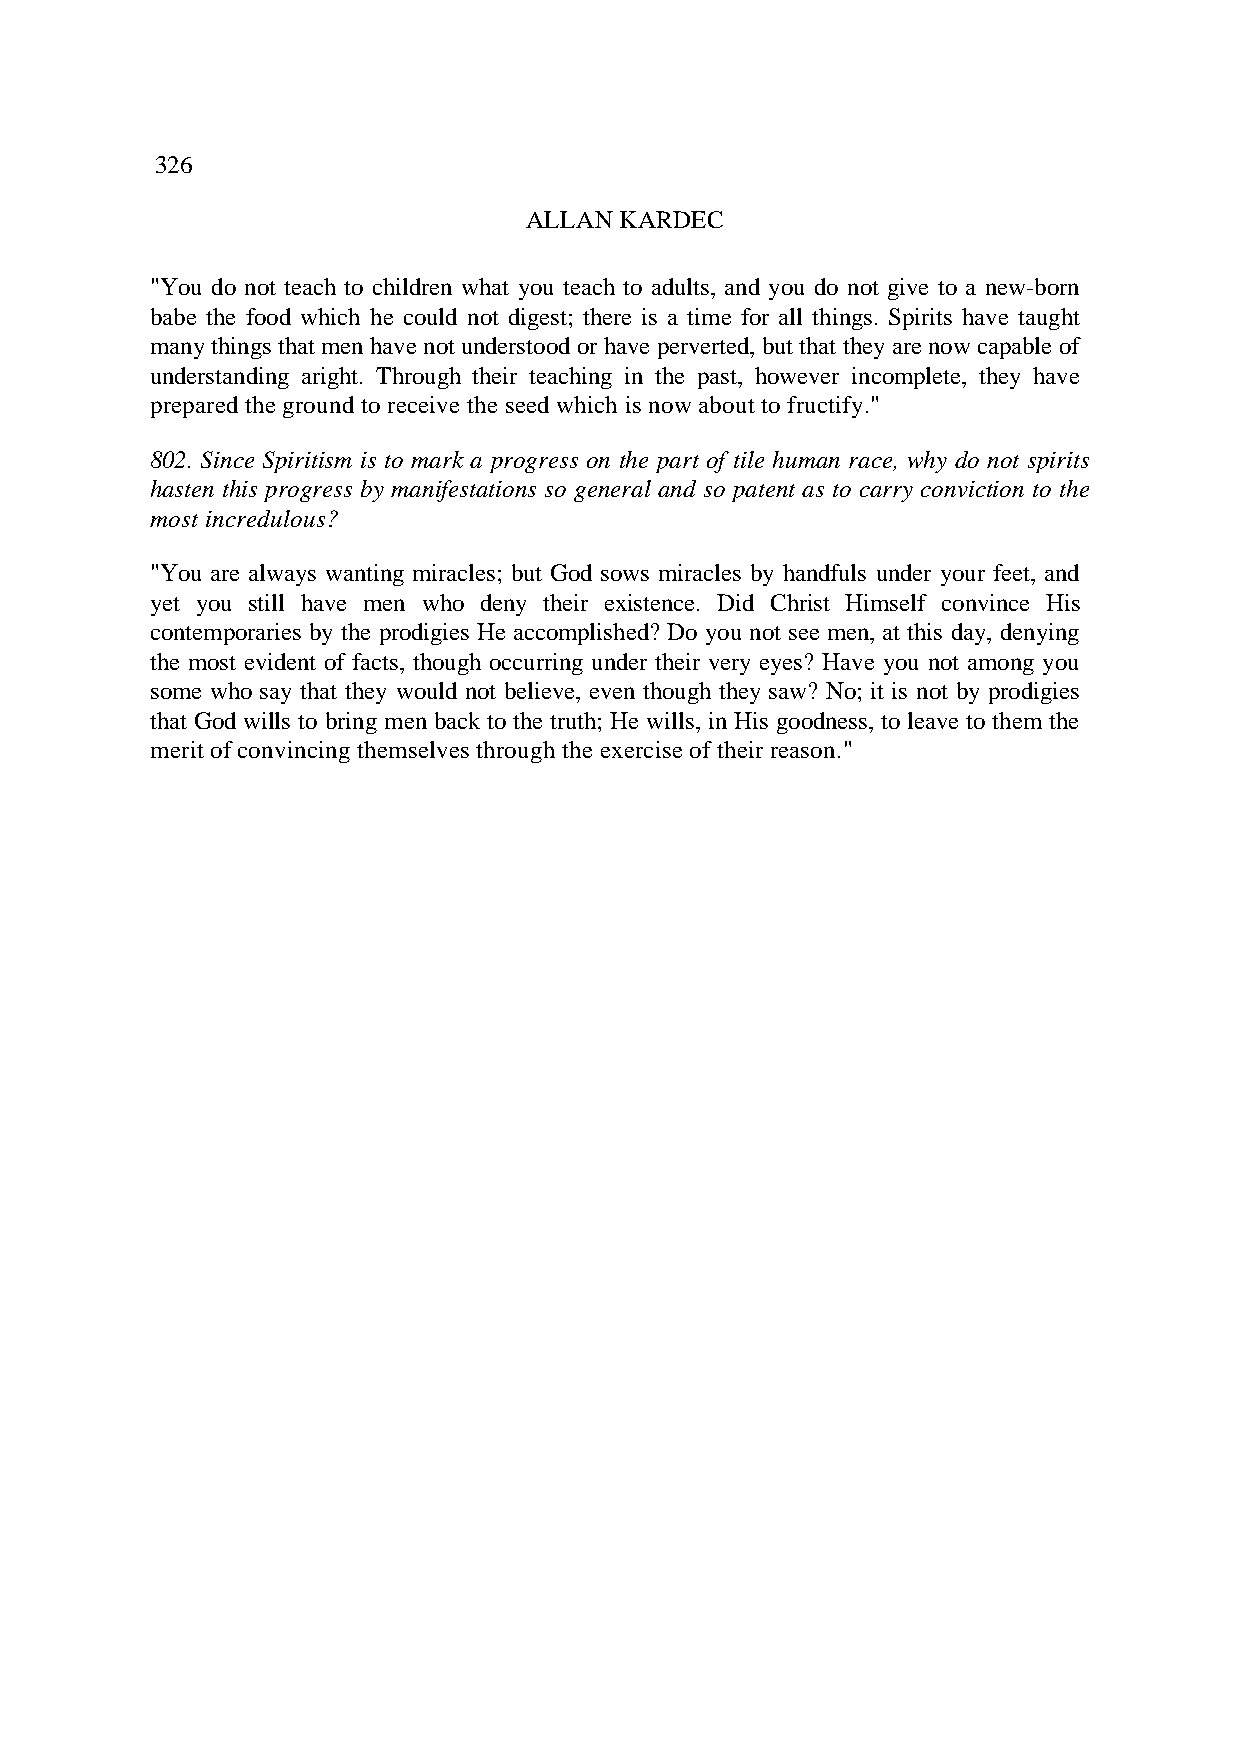
326
 ALLAN KARDEC
 "You do not teach to children what you teach to adults, and you do not give to a new-born
 babe the food which he could not digest; there is a time for all things. Spirits have taught
 many things that men have not understood or have perverted, but that they are now capable of
 understanding aright. Through their teaching in the past, however incomplete, they have
 prepared the ground to receive the seed which is now about to fructify."
 802. Since Spiritism is to mark a progress on the part of tile human race, why do not spirits
 hasten this progress by manifestations so general and so patent as to carry conviction to the
 most incredulous?
 "You are always wanting miracles; but God sows miracles by handfuls under your feet, and
 yet you still have men who deny their existence. Did Christ Himself convince His
 contemporaries by the prodigies He accomplished? Do you not see men, at this day, denying
 the most evident of facts, though occurring under their very eyes? Have you not among you
 some who say that they would not believe, even though they saw? No; it is not by prodigies
 that God wills to bring men back to the truth; He wills, in His goodness, to leave to them the
 merit of convincing themselves through the exercise of their reason."